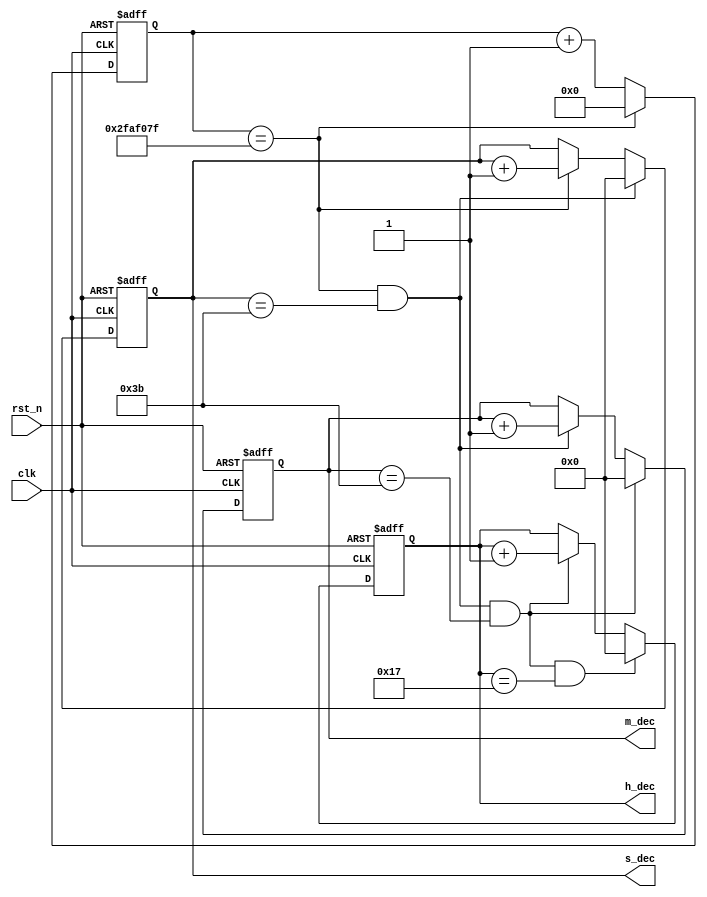
module clk_gen
#(parameter CNT_MAX = 26'd49_999_999)
(
    input wire          clk     ,  //50Mhz
    input wire          rst_n   ,
    
    output reg[7:0]     s_dec   ,
    output reg[7:0]     m_dec   ,
    output reg[7:0]     h_dec       
    );
    
    reg [25:0] cnt;     //
    
    
    //cnt
    always @ (posedge clk or negedge rst_n) begin
        if(!rst_n) begin
            cnt <= 26'd0;
        end else if(cnt == CNT_MAX) begin
            cnt <= 26'd0;
        end else begin
            cnt <= cnt + 26'd1;
        end
    end
    
    //s_dec
    always @ (posedge clk or negedge rst_n) begin
        if(!rst_n) begin
            s_dec <= 8'd0;
        end else if((cnt == CNT_MAX) && (s_dec == 8'd59)) begin  //59
            s_dec <= 8'd0;
        end else if(cnt == CNT_MAX) begin  //1
            s_dec <= s_dec + 8'd1;
        end else begin
            s_dec <= s_dec;
        end
    end
    
    //m_dec
    always @ (posedge clk or negedge rst_n) begin
        if(!rst_n) begin
            m_dec <= 8'd0;
        end else if((cnt == CNT_MAX) && (s_dec == 8'd59) && (m_dec == 8'd59)) begin  //59
            m_dec <= 8'd0;
        end else if((cnt == CNT_MAX) && (s_dec == 8'd59)) begin  //
            m_dec <= m_dec + 8'd1;
        end else begin
            m_dec <= m_dec;
        end
    end 
    
    //h_dec
    always @ (posedge clk or negedge rst_n) begin
        if(!rst_n) begin
            h_dec <= 8'd0;
            //235959
        end else if((cnt == CNT_MAX) && (s_dec == 8'd59) && (m_dec == 8'd59) && (h_dec == 8'd23)) begin  
            h_dec <= 8'd0;
            //
        end else if((cnt == CNT_MAX) && (s_dec == 8'd59) && (m_dec == 8'd59)) begin  
            h_dec <= h_dec + 8'd1;
        end else begin
            h_dec <= h_dec;
        end
    end     
    
endmodule